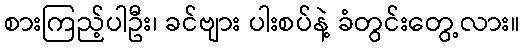
စားကြည့်ပါဦး၊ ခင်ဗျား ပါးစပ်နဲ့ ခံတွင်းတွေ့လား။